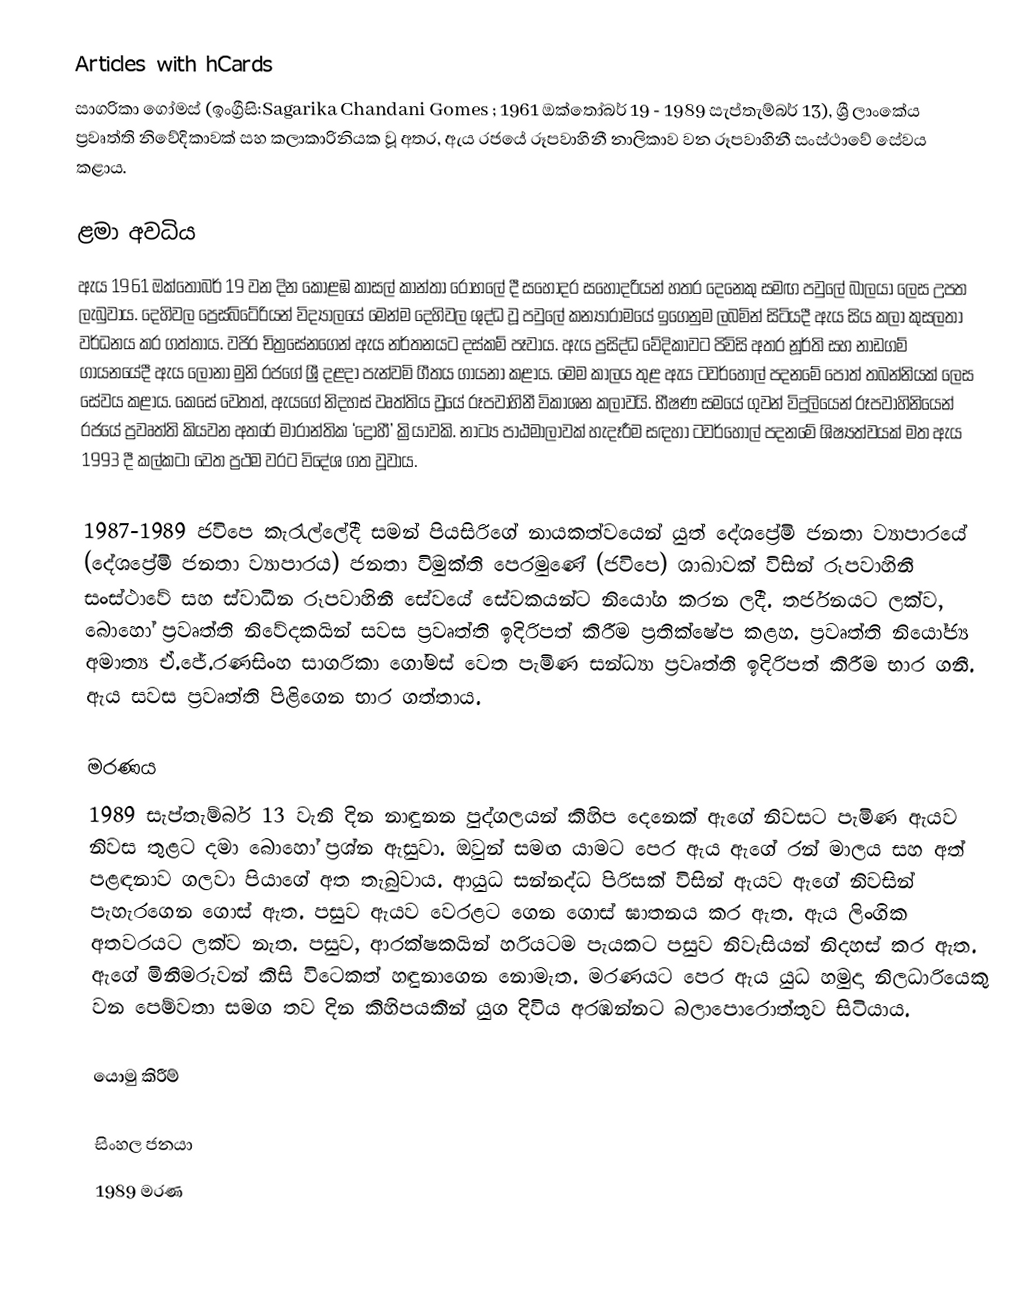
Articles with hCards
සාගරිකා ගෝමස් (ඉංග්‍රීසි:Sagarika Chandani Gomes ; 1961 ඔක්තෝබර් 19 - 1989 සැප්තැම්බර් 13), ශ්‍රී ලාංකේය ප්‍රවෘත්ති නිවේදිකාවක් සහ කලාකාරිනියක වූ අතර, ඇය රජයේ රූපවාහිනී නාලිකාව වන රූපවාහිනී සංස්ථාවේ සේවය කළාය.

ළමා අවධිය
ඇය 1961 ඔක්තෝබර් 19 වන දින කොළඹ කාසල් කාන්තා රෝහලේ දී සහෝදර සහෝදරියන් හතර දෙනෙකු සමඟ පවුලේ බාලයා ලෙස උපත ලැබුවාය. දෙහිවල ප්‍රෙස්බිටේරියන් විද්‍යාලයේ මෙන්ම දෙහිවල ශුද්ධ වූ පවුලේ කන්‍යාරාමයේ ඉගෙනුම ලබමින් සිටියදී ඇය සිය කලා කුසලතා වර්ධනය කර ගත්තාය. වජිර චිත්‍රසේනගෙන් ඇය නර්තනයට දස්කම් පෑවාය. ඇය ප්‍රසිද්ධ වේදිකාවට පිවිසි අතර නූර්ති සහ නාඩගම් ගායනයේදී ඇය ලෝනා මුනි රජගේ ශ්‍රී දළදා පැන්වමි ගීතය ගායනා කළාය. මෙම කාලය තුළ ඇය ටවර්හෝල් පදනමේ පොත් තබන්නියක් ලෙස සේවය කළාය. කෙසේ වෙතත්, ඇයගේ නිදහස් වෘත්තිය වූයේ රූපවාහිනී විකාශන කලාවයි. භීෂණ සමයේ ගුවන් විදුලියෙන් රූපවාහිනියෙන් රජයේ ප්‍රවෘත්ති කියවන අතරේ මාරාන්තික ‘ද්‍රෝහී’ ක්‍රියාවකි. නාට්‍ය පාඨමාලාවක් හැදෑරීම සඳහා ටවර්හෝල් පදනමේ ශිෂ්‍යත්වයක් මත ඇය 1993 දී කල්කටා වෙත ප්‍රථම වරට විදේශ ගත වූවාය.

1987-1989 ජවිපෙ කැරැල්ලේදී සමන් පියසිරිගේ නායකත්වයෙන් යුත් දේශප්‍රේමි ජනතා ව්‍යාපාරයේ (දේශප්‍රේමි ජනතා ව්‍යාපාරය) ජනතා විමුක්ති පෙරමුණේ (ජවිපෙ) ශාඛාවක් විසින් රූපවාහිනී සංස්ථාවේ සහ ස්වාධීන රූපවාහිනී සේවයේ සේවකයන්ට නියෝග කරන ලදී. තර්ජනයට ලක්ව, බොහෝ ප්‍රවෘත්ති නිවේදකයින් සවස ප්‍රවෘත්ති ඉදිරිපත් කිරීම ප්‍රතික්ෂේප කළහ. ප්‍රවෘත්ති නියෝජ්‍ය අමාත්‍ය ඒ.ජේ.රණසිංහ සාගරිකා ගෝමස් වෙත පැමිණ සන්ධ්‍යා ප්‍රවෘත්ති ඉදිරිපත් කිරීම භාර ගනී. ඇය සවස ප්‍රවෘත්ති පිළිගෙන භාර ගත්තාය.

මරණය
1989 සැප්තැම්බර් 13 වැනි දින නාඳුනන පුද්ගලයන් කිහිප දෙනෙක් ඇගේ නිවසට පැමිණ ඇයව නිවස තුළට දමා බොහෝ ප්‍රශ්න ඇසුවා. ඔවුන් සමඟ යාමට පෙර ඇය ඇගේ රන් මාලය සහ අත් පළඳනාව ගලවා පියාගේ අත තැබුවාය. ආයුධ සන්නද්ධ පිරිසක් විසින් ඇයව ඇගේ නිවසින් පැහැරගෙන ගොස් ඇත. පසුව ඇයව වෙරළට ගෙන ගොස් ඝාතනය කර ඇත. ඇය ලිංගික අතවරයට ලක්ව නැත. පසුව, ආරක්ෂකයින් හරියටම පැයකට පසුව නිවැසියන් නිදහස් කර ඇත. ඇගේ මිනීමරුවන් කිසි විටෙකත් හඳුනාගෙන නොමැත. මරණයට පෙර ඇය යුධ හමුදා නිලධාරියෙකු වන පෙම්වතා සමග තව දින කිහිපයකින් යුග දිවිය අරඹන්නට බලාපොරොත්තුව සිටියාය.

යොමු කිරීම්

සිංහල ජනයා
1989 මරණ